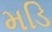
મડિ